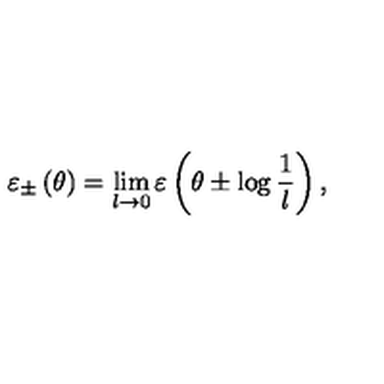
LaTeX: \varepsilon _ { \pm } \left( \theta \right) = \lim _ { l \rightarrow 0 } \varepsilon \left( \theta \pm \log \frac { 1 } { l } \right) ,